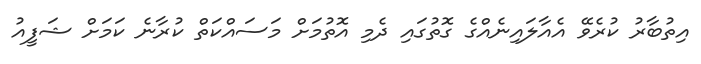
އިތުބާރު ކުރެވޭ އެއާލައިނެއްގެ ގޮތުގައި ދެމި އޮތުމަށް މަސައްކަތް ކުރާނެ ކަމަށް ޝަފީއު